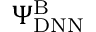
\Psi _ { \mathrm { D N N } } ^ { \mathrm { B } }